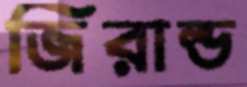
জিরাল্ড